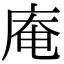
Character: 庵